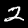
Digit: 2